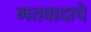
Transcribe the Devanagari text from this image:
मतवादाचे